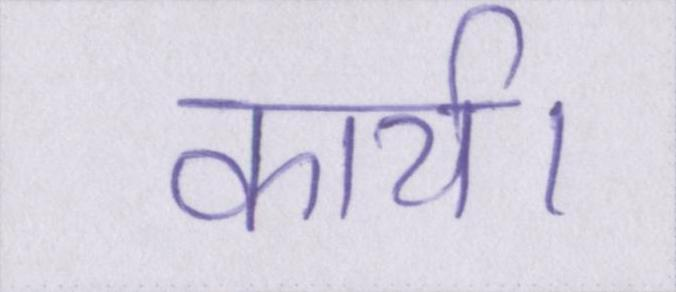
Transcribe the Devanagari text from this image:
कार्य।